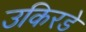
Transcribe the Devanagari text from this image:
उकिरडे